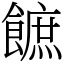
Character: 䭖